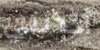
أخذتني